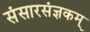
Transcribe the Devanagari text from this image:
संसारसंज्ञकम्